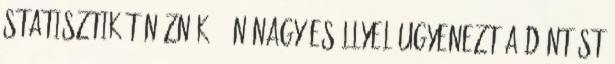
statisztikát néznék , én nagy eséllyel ugyenezt a döntést